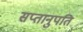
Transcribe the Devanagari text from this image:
सप्तानुपति